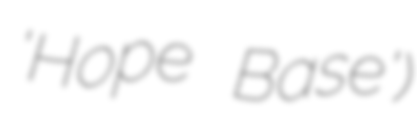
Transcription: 'Hope Base')